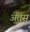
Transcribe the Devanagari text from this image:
अंतस्